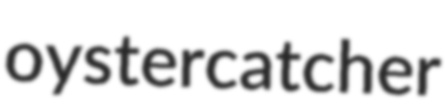
oystercatcher